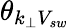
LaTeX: \theta_{k_{\perp}V_{sw}}